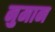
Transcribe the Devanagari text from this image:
नुमान